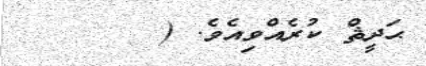
ޙަދީޘް ކުރެއްވިއެވެ. (